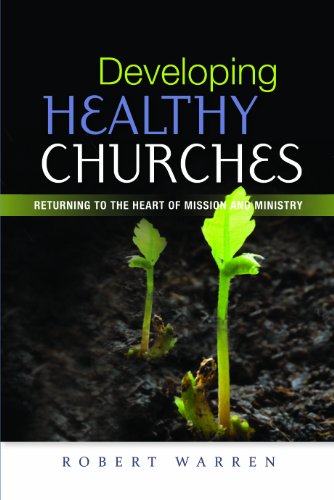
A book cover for Developing Healthy Churches; Robert Warren; Christian Books & Bibles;